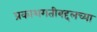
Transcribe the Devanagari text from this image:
प्रकाशगतीबद्दलच्या